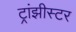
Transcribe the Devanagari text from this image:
ट्रांझीस्टर